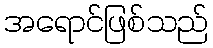
အရောင်ဖြစ်သည်